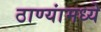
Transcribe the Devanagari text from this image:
ठाण्यांमध्ये